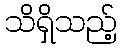
သိရှိသည့်